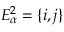
E _ { \alpha } ^ { 2 } = \{ i , j \}